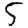
Digit: 5